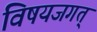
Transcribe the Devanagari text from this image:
विषयजगत्